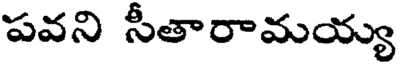
పవని సీతారామయ్య